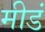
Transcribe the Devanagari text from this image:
मीडं